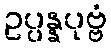
ဥပ္ပန္နပုဗ္ဗံ